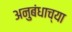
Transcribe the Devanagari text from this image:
अनुबंधाच्या